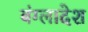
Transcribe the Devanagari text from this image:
बंग्‍लादेश